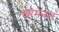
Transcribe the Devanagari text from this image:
ख़ामनम